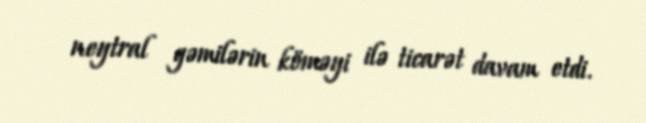
neytral gəmilərin köməyi ilə ticarət davam etdi.